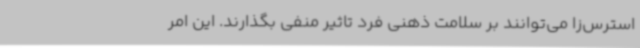
استرس‌زا می‌توانند بر سلامت ذهنی فرد تاثیر منفی بگذارند. این امر